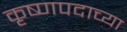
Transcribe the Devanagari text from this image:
कृष्णपदाच्या